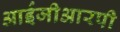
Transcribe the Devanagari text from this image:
आईजीआरपी